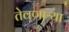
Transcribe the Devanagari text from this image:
तेवणाऱ्या